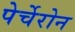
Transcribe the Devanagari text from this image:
पेर्चेरोन